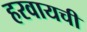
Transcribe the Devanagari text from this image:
हरवायची